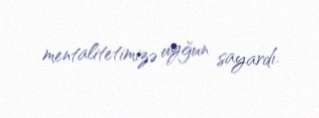
mentalitetimizə uyğun sayardı.